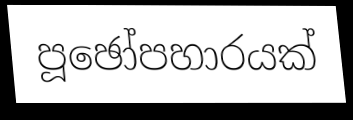
පූඡෝපහාරයක්